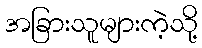
အခြားသူများကဲ့သို့